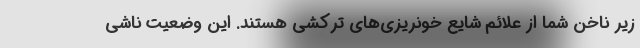
زیر ناخن شما از علائم شایع خونریزی‌های ترکشی هستند. این وضعیت ناشی